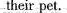
their pet.